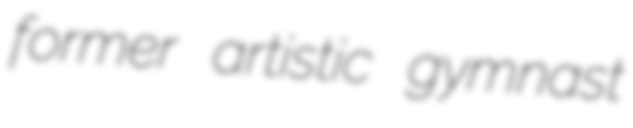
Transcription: former artistic gymnast